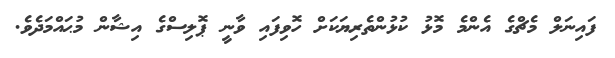
ފައިނަލް މެޗްގެ އެންމެ މޮޅު ކުޅުންތެރިޔަކަށް ހޮވިފައި ވާނީ ޕޮލިސްގެ އިޝާން މުޙައްމަދެވެ.